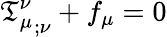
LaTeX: {{\mathfrak{T}}_{\mu}^{\nu}}_{;\nu}+f_{\mu}=0